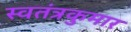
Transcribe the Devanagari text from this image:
स्वतंत्रकुमार